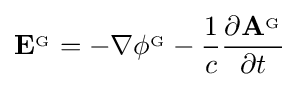
\mathbf {E} ^{_{\mathrm {G} }}=-\nabla \phi ^{_{\mathrm {G} }}-{\frac {1}{c}}{\frac {\partial \mathbf {A} ^{_{\mathrm {G} }}}{\partial t}}